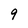
Character: 9